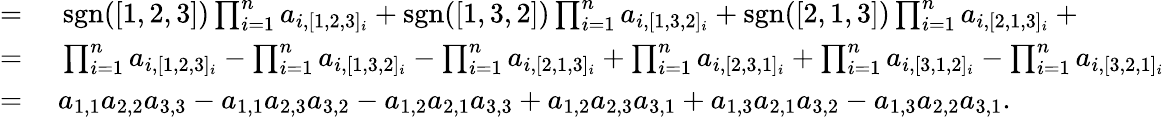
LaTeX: \begin{array}{rl}{={}}&{{}\operatorname{sgn}([1,2,3])\prod_{i=1}^{n}a_{i,[1,2,3]_{i}}+\operatorname{sgn}([1,3,2])\prod_{i=1}^{n}a_{i,[1,3,2]_{i}}+\operatorname{sgn}([2,1,3])\prod_{i=1}^{n}a_{i,[2,1,3]_{i}}+{}}\\ {={}}&{{}\prod_{i=1}^{n}a_{i,[1,2,3]_{i}}-\prod_{i=1}^{n}a_{i,[1,3,2]_{i}}-\prod_{i=1}^{n}a_{i,[2,1,3]_{i}}+\prod_{i=1}^{n}a_{i,[2,3,1]_{i}}+\prod_{i=1}^{n}a_{i,[3,1,2]_{i}}-\prod_{i=1}^{n}a_{i,[3,2,1]_{i}}}\\ {={}}&{{}a_{1,1}a_{2,2}a_{3,3}-a_{1,1}a_{2,3}a_{3,2}-a_{1,2}a_{2,1}a_{3,3}+a_{1,2}a_{2,3}a_{3,1}+a_{1,3}a_{2,1}a_{3,2}-a_{1,3}a_{2,2}a_{3,1}.}\end{array}